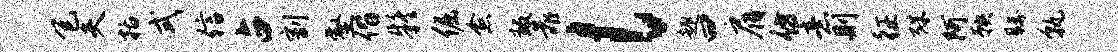
包夫括式信占割壑偕疑倔愈叛靠l趣曰肩仿意则征殊阿鞅瞩孰